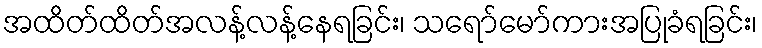
အထိတ်ထိတ်အလန့်လန့်နေရခြင်း၊ သရော်မော်ကားအပြုခံရခြင်း၊